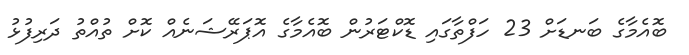
ބޮއެމާގެ ބަނޑަށް 23 ހަފްތާގައި ޑޮކްޓަރުން ބޮއެމާގެ އޮޕަރޭޝަނެއް ކޮށް ތުއްތު ދަރިފުޅު